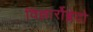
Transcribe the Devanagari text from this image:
विल्लार्रोब्लेदो